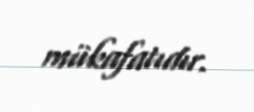
mükafatıdır.